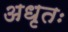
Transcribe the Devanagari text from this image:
अधृतः